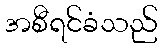
အစီရင်ခံသည်